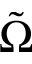
\tilde { \Omega }